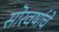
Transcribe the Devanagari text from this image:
सॊरवर्षाचे